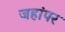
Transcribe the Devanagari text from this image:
जहांपर